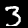
Digit: 3